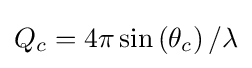
Q_{c}=4\pi \sin \left(\theta _{c}\right)/\lambda